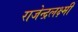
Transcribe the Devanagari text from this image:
राजेन्द्रलक्ष्मी